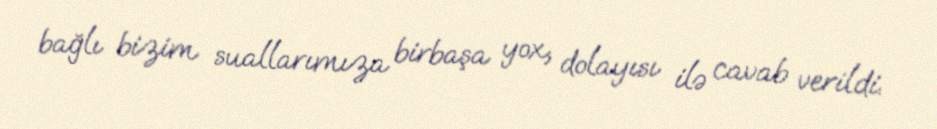
bağlı bizim suallarımıza birbaşa yox, dolayısı ilə cavab verildi.